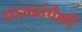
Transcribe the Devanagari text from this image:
धारकांपैकी